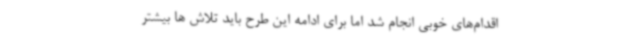
اقدام‌های خوبی انجام شد اما برای ادامه این طرح باید تلاش ها بیشتر